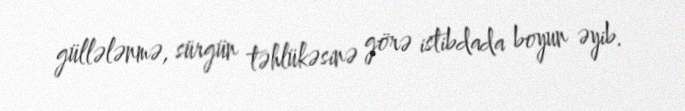
güllələnmə, sürgün təhlükəsinə görə istibdada boyun əyib.